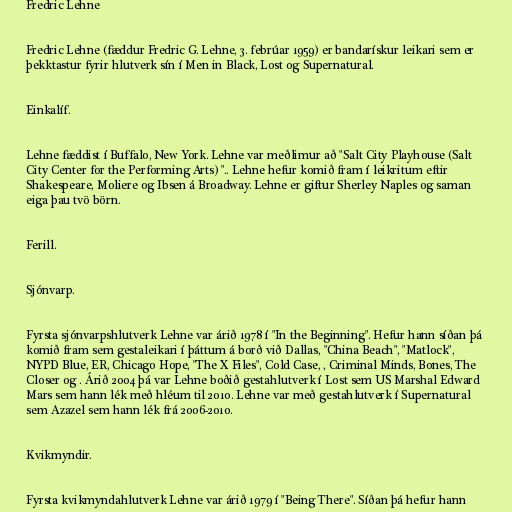
Fredric Lehne

Fredric Lehne (fæddur Fredric G. Lehne, 3. febrúar 1959) er bandarískur leikari sem er
þekktastur fyrir hlutverk sín í Men in Black, Lost og Supernatural.

Einkalíf.

Lehne fæddist í Buffalo, New York. Lehne var meðlimur að "Salt City Playhouse (Salt
City Center for the Performing Arts) ".. Lehne hefur komið fram í leikritum eftir
Shakespeare, Moliere og Ibsen á Broadway. Lehne er giftur Sherley Naples og saman
eiga þau tvö börn.

Ferill.

Sjónvarp.

Fyrsta sjónvarpshlutverk Lehne var árið 1978 í "In the Beginning". Hefur hann síðan þá
komið fram sem gestaleikari í þáttum á borð við Dallas, "China Beach", "Matlock",
NYPD Blue, ER, Chicago Hope, "The X Files", Cold Case, , Criminal Minds, Bones, The
Closer og . Árið 2004 þá var Lehne boðið gestahlutverk í Lost sem US Marshal Edward
Mars sem hann lék með hléum til 2010. Lehne var með gestahlutverk í Supernatural
sem Azazel sem hann lék frá 2006-2010.

Kvikmyndir.

Fyrsta kvikmyndahlutverk Lehne var árið 1979 í "Being There". Síðan þá hefur hann